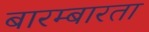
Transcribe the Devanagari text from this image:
बारम्‍बारता